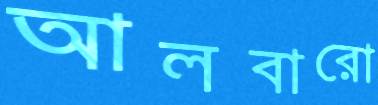
আলবারো